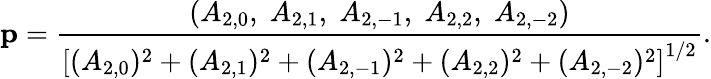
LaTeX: \mathbf{p}=\frac{(A_{2,0},\; A_{2,1},\; A_{2,-1},\; A_{2,2},\; A_{2,-2})}{\left[(A_{2,0})^{2}+(A_{2,1})^{2}+(A_{2,-1})^{2}+(A_{2,2})^{2}+(A_{2,-2})^{2}\right]^{1/2}}.